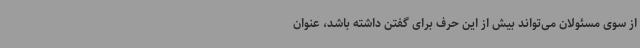
از سوی مسئولان می‌تواند بیش از این حرف برای گفتن داشته باشد، عنوان